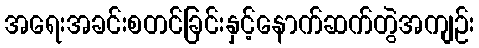
အရေးအခင်းစတင်ခြင်းနှင့်နောက်ဆက်တွဲအကျဉ်း